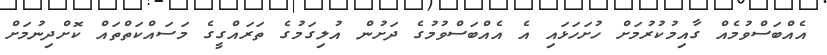
އެއްބަސްވުމެއް ގާއިމުކުރުމަށް ހުށަހަޅައި އެ އެއްބަސްވުމުގެ ދަށުން އުލިގަމުގެ ތަރައްގީގެ މަސައްކަތްތައް ކޮށްދިނުމަށް